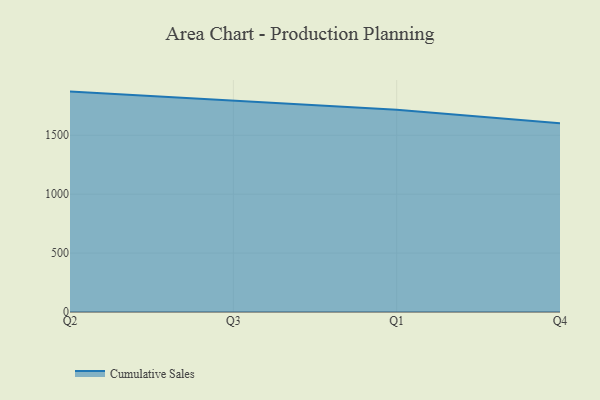
{"axis": {"x": "Quarter", "y": "Shipments"}, "legend": ["Cumulative Sales"], "data": [{"x": "Q2", "y": 1870.4, "type": "Cumulative Sales"}, {"x": "Q3", "y": 1791.9, "type": "Cumulative Sales"}, {"x": "Q1", "y": 1715.6, "type": "Cumulative Sales"}, {"x": "Q4", "y": 1601.5, "type": "Cumulative Sales"}]}